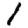
Digit: 1